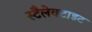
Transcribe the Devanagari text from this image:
स्टैलेक्टाइट